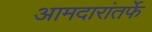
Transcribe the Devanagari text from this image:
आमदारांतर्फे